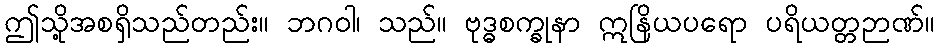
ဤသို့အစရှိသည်တည်း။ ဘဂဝါ၊ သည်။ ဗုဒ္ဓစက္ခုနာ ဣနြိယပရော ပရိယတ္တဉာဏ်။